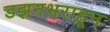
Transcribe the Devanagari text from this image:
डझनभराहून